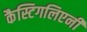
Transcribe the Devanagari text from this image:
कैस्टिगलिएनी